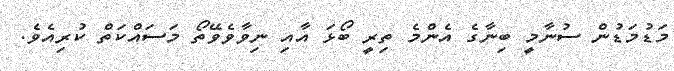
މަޑުމަޑުން ސުނާމީ ބިނާގެ އެންމެ ތިރީ ބޯޅަ އާއި ނިވާވެވޭތޯ މަސައްކަތް ކުރިއެވެ.